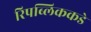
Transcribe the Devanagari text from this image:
रिपब्लिककडे